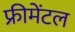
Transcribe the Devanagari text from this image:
फ्रीमेंटल